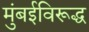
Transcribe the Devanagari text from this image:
मुंबईविरूद्ध